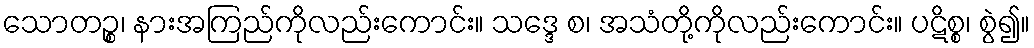
သောတဉ္စ၊ နားအကြည်ကိုလည်းကောင်း။ သဒ္ဒေ စ၊ အသံတို့ကိုလည်းကောင်း။ ပဋိစ္စ၊ စွဲ၍။